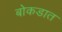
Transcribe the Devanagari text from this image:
बोकडात